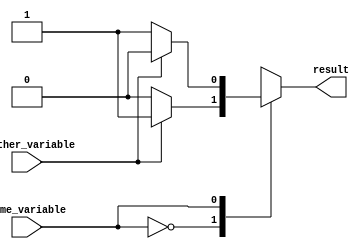
module my_module(
    input wire some_variable,
    input wire another_variable,
    output reg result
);

always @ (*) begin
    case(some_variable)
        2'b00: begin
            if (another_variable == 1'b0) begin
                result <= 1'b0;
            end else begin
                result <= 1'b1;
            end
        end
        2'b01: begin
            if (another_variable == 1'b0) begin
                result <= 1'b1;
            end else begin
                result <= 1'b0;
            end
        end
        2'b10: begin
            if (another_variable == 1'b0) begin
                result <= 1'b0;
            end else begin
                result <= 1'b1;
            end
        end
        default: begin
            result <= 1'bx;
        end
    endcase
end

endmodule